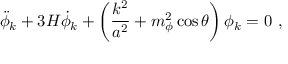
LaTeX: \ddot { \phi } _ { k } + 3 H \dot { \phi } _ { k } + \left( { \frac { k ^ { 2 } } { a ^ { 2 } } } + m _ { \phi } ^ { 2 } \cos \theta \right) \phi _ { k } = 0 \ ,